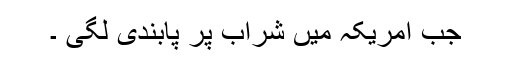
جب امریکہ میں شراب پر پابندی لگی ۔